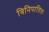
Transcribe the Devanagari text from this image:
विनिपातितः